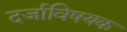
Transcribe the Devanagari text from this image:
दर्जाविषयक